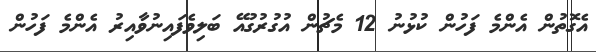
އެގޮތުން އެންމެ ފަހުން ކުޅުނު 12 މެޗުން އުގުރުގުއޭ ބަލިވެފައިނުވާއިރު އެންމެ ފަހުން